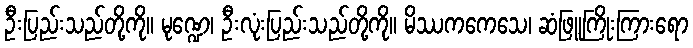
ဦးပြည်းသည်တို့ကို။ မုဏ္ဍေ၊ ဦးလုံးပြည်းသည်တို့ကို။ မိဿကကေသေ၊ ဆံဖြူကြိုးကြားရော